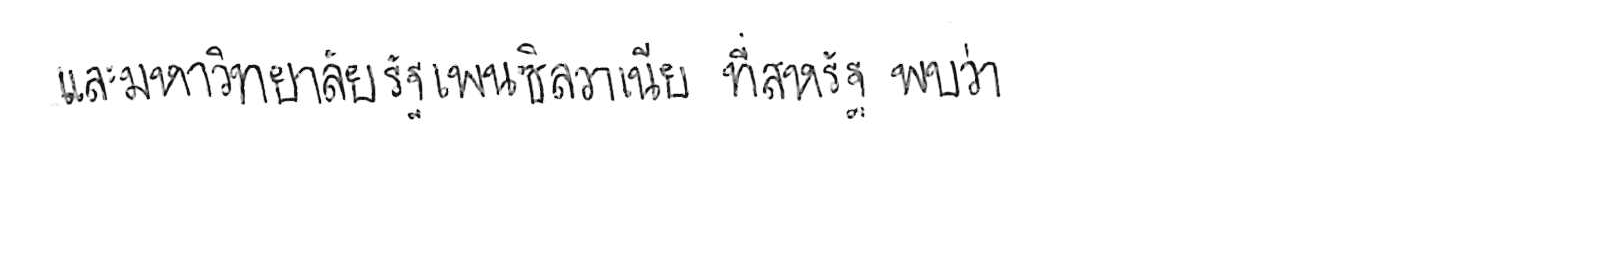
และมหาวิทยาลัยรัฐเพนซิลวาเนีย ที่สหรัฐ พบว่า